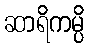
ဆာရိကမ္ပိ